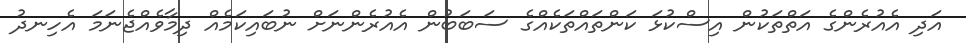
އަދި އެއުރެންގެ އަތްތަކުން އިސްކުޅަ ކަންތައްތަކެއްގެ ސަބަބުން އެއުރެންނަށް ނުބައިކަމެއް ދިމާވެއްޖެނަމަ އެހިނދު